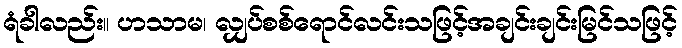
ရံခါလည်း။ ဟသာမ၊ လျှပ်စစ်ရောင်လင်းသဖြင့်အချင်းချင်းမြင်သဖြင့်